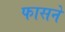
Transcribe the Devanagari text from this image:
फासने